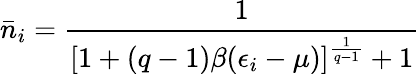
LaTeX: \bar{n}_{i}=\frac{1}{[1+(q-1)\beta(\epsilon_{i}-\mu)]^{\frac{1}{q-1}}+1}